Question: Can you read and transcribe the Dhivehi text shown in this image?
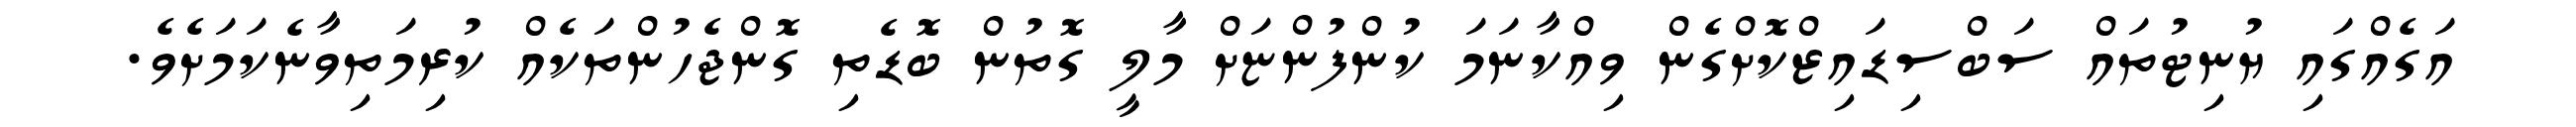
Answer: އަގެއްގައި ޔުނިޓުތައް ސަބްސިޑައިޒްކޮށްގެން ވިއްކާނަމަ ކުންފުންޏަށް މާލީ ގޮތުން ބޮޑެތި ގޮންޖެހުންތަކެއް ކުރިމަތިވާނެކަމަށެވެ.